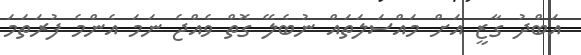
އަބްދު ގާޒީ އަށް މައްސަލަތައް ނުބެލޭ ގޮތް ވެއްޖެ ނަމަ އެންމެ ފުރަތަމަ